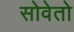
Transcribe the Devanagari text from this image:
सोवेतो